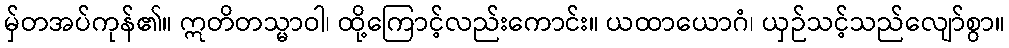
မှ်တအပ်ကုန်၏။ ဣတိတသ္မာဝါ၊ ထို့ကြောင့်လည်းကောင်း။ ယထာယောဂံ၊ ယှဉ်သင့်သည်လျော်စွာ။